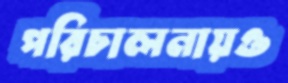
পরিচালনায়ও